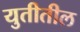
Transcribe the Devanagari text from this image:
युतीतील